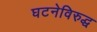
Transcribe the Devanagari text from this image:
घटनेविरुद्ध